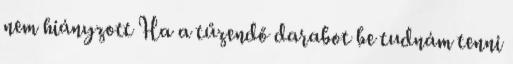
nem hiányzott Ha a tűzendő darabot be tudnám tenni